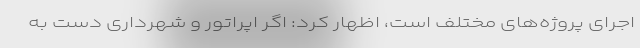
اجرای پروژه‌های مختلف است، اظهار کرد: اگر اپراتور و شهرداری دست به